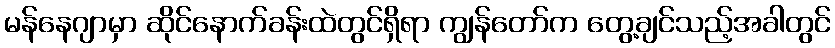
မန်နေဂျာမှာ ဆိုင်နောက်ခန်းထဲတွင်ရှိရာ ကျွန်တော်က တွေ့ချင်သည့်အခါတွင်